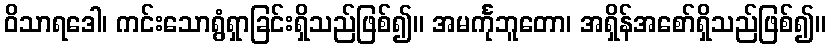
ဝိသာရဒေါ၊ ကင်းသောရွံရှာခြင်းရှိသည်ဖြစ်၍။ အမင်္ကုဘူတော၊ အရှိန်အစော်ရှိသည်ဖြစ်၍။